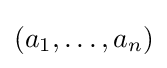
\left(a_{1},\dots ,a_{n}\right)